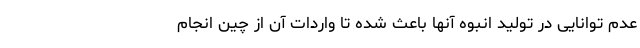
عدم توانایی در تولید انبوه آنها باعث شده تا واردات آن از چین انجام